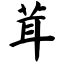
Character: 茸